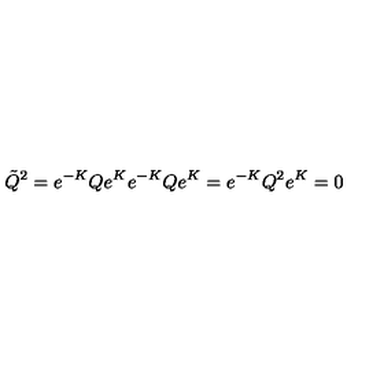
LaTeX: \tilde { Q } ^ { 2 } = e ^ { - K } Q e ^ { K } e ^ { - K } Q e ^ { K } = e ^ { - K } Q ^ { 2 } e ^ { K } = 0 \